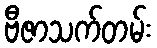
ဗီဇာသက်တမ်း